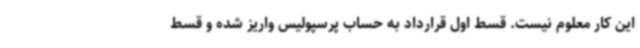
این کار معلوم نیست. قسط اول قرارداد به حساب پرسپولیس واریز شده و قسط